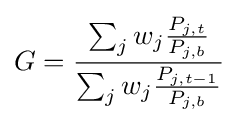
G={\frac {\sum _{j}w_{j}{\frac {P_{j,t}}{P_{j,b}}}}{\sum _{j}w_{j}{\frac {P_{j,t-1}}{P_{j,b}}}}}